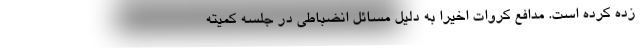
زده کرده است. مدافع کروات اخیرا به دلیل مسائل انضباطی در جلسه کمیته